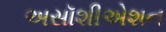
અસૉશીએશન